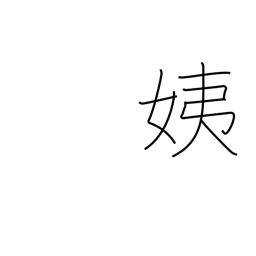
Meaning: younger sister